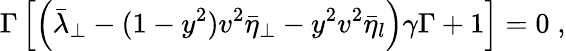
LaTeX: \Gamma\left[\left(\bar{\lambda}_{\perp}-(1-y^{2})v^{2}\bar{\eta}_{\perp}-y^{2}v^{2}\bar{\eta}_{l}\right)\gamma\Gamma+1\right]=0\; ,